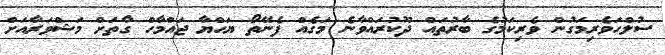
ސުލްހަވެރިމަގުން ވެރިކަމުގެ ބާރުތައް ދޫކުރައްވާނެ މަގެއް ފެނޭތޯ ޔަހްޔާ ޖައްމާހް ގާތަށް މަޝްވަރާއަށް